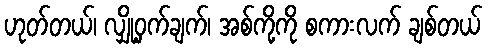
ဟုတ်တယ်၊ လျှို့ဝှက်ချက်၊ အစ်ကို့ကို စကားလက် ချစ်တယ်